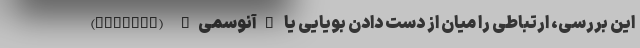
این بررسی، ارتباطی را میان از دست دادن بویایی یا "آنوسمی" (Anosmia)